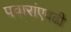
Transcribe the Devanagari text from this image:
पवारांएवढी